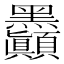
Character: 𪓇